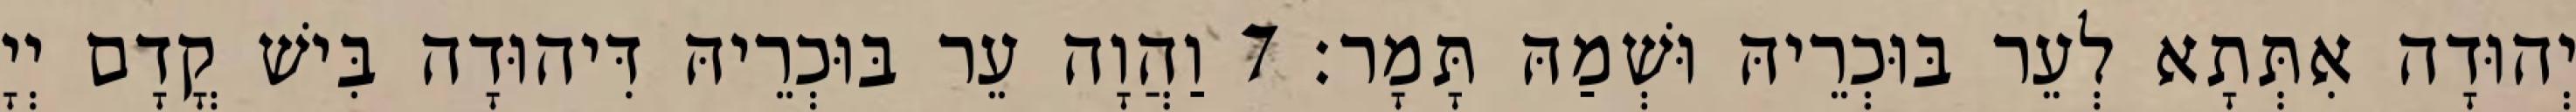
יְהוּדָה אִתְּתָא לְעֵר בּוּכְרֵיהּ וּשְׁמַהּ תָּמָר׃ 7 וַהֲוָה עֵר בּוּכְרֵיהּ דִּיהוּדָה בִּישׁ קֳדָם יְיָ